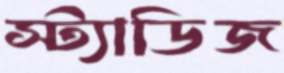
স্ট্যাডিজ